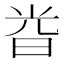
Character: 𣆤